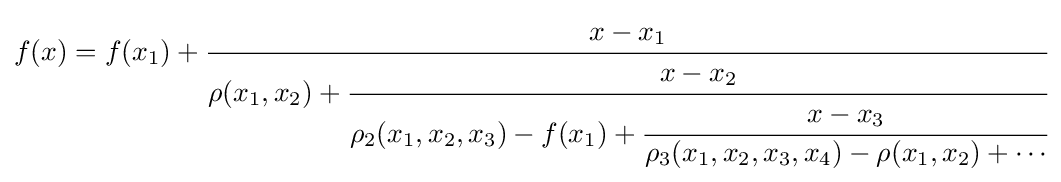
f(x)=f(x_{1})+{\cfrac {x-x_{1}}{\rho (x_{1},x_{2})+{\cfrac {x-x_{2}}{\rho _{2}(x_{1},x_{2},x_{3})-f(x_{1})+{\cfrac {x-x_{3}}{\rho _{3}(x_{1},x_{2},x_{3},x_{4})-\rho (x_{1},x_{2})+\cdots }}}}}}